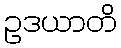
ဥဒယာတိ